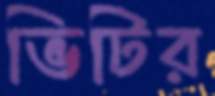
ভিটির